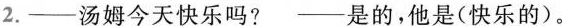
2.——汤姆今天快乐吗? ——是的，他是(快乐的).